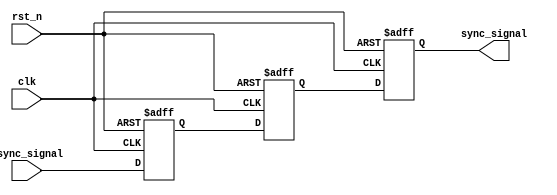
module two_ff_metastability_detector (
    input wire clk,            // Clock signal
    input wire async_signal,   // Asynchronous input signal
    input wire rst_n,          // Asynchronous active-low reset signal
    output reg sync_signal      // Synchronized output signal
);

// Internal flip-flop signals
reg ff1, ff2;

// Flip-Flop 1: Synchronize async_signal to clk
always @(posedge clk or negedge rst_n) begin
    if (!rst_n) begin
        ff1 <= 1'b0; // Reset ff1 to known state
    end else begin
        ff1 <= async_signal; // Capture async_signal
    end
end

// Flip-Flop 2: Synchronize output from ff1 to clk
always @(posedge clk or negedge rst_n) begin
    if (!rst_n) begin
        ff2 <= 1'b0; // Reset ff2 to known state
    end else begin
        ff2 <= ff1; // Capture output from ff1
    end
end

// Output the synchronized signal
always @(posedge clk or negedge rst_n) begin
    if (!rst_n) begin
        sync_signal <= 1'b0; // Reset sync_signal to known state
    end else begin
        sync_signal <= ff2; // Output synchronized signal
    end
end

endmodule